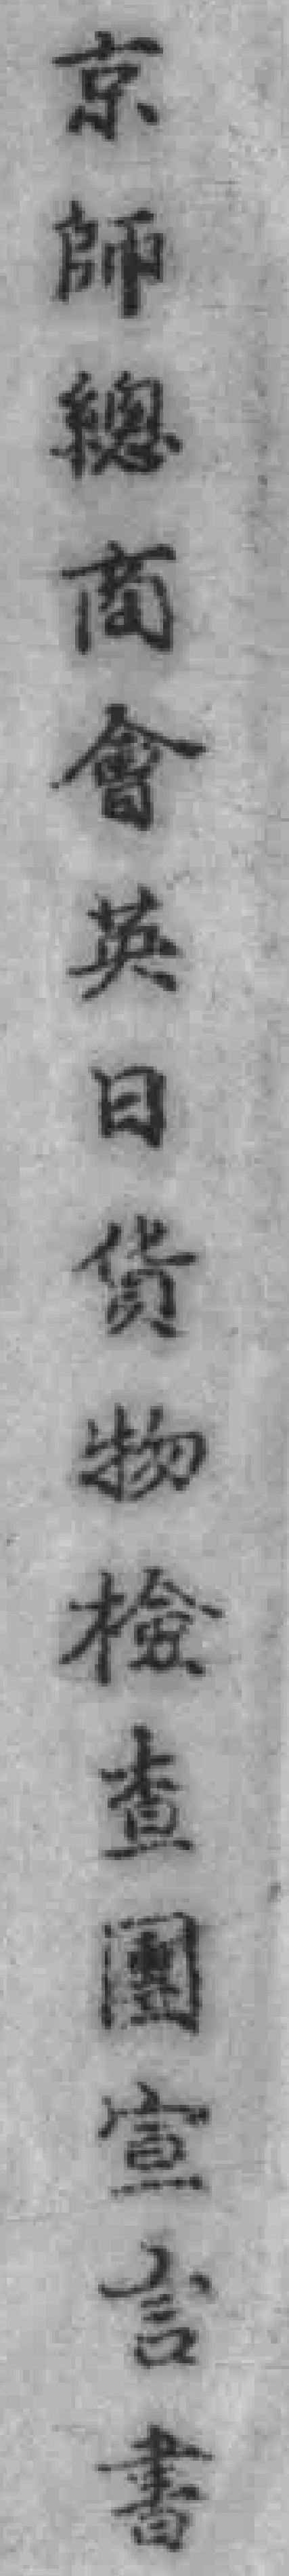
京師總商會英日货物检查團宣言書